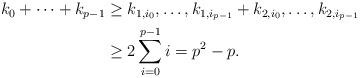
LaTeX: \begin{align*}\begin{aligned}k_{0}+\cdots+k_{p-1} &\ge k_{1,i_{0}}, \ldots , k_{1,i_{p-1}}+k_{2,i_{0}}, \ldots , k_{2,i_{p-1}} \\&\ge 2 \sum_{i=0}^{p-1} i = p^{2} - p.\end{aligned}\end{align*}